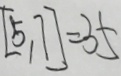
[ 5 , 7 ] = 3 5